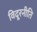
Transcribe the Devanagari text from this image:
विदूरनीति